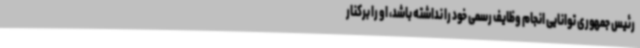
رئیس جمهوری توانایی انجام وظایف رسمی خود را نداشته باشد، او را برکنار